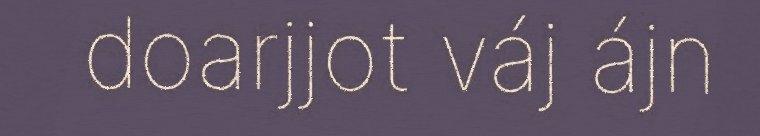
doarjjot váj ájn